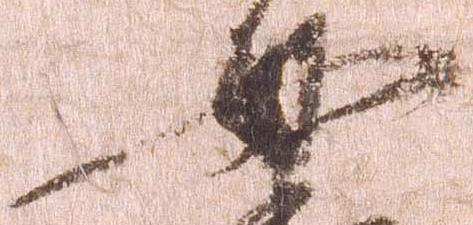
母